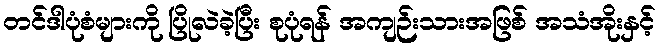
တင်ဒါပုံစံများကို ပြိုလဲခဲ့ပြီး စုပုံရန် အကျဉ်းသားအဖြစ် အသံအိုးနှင့်